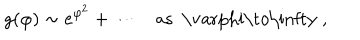
g ( \varphi ) \sim e ^ { \varphi ^ { 2 } } + \cdots \quad \mathrm { a s ~ \ v a r p h i \to \infty ~ , }